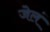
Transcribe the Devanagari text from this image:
जेलं